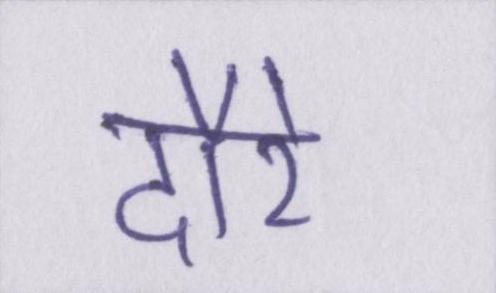
दौरे